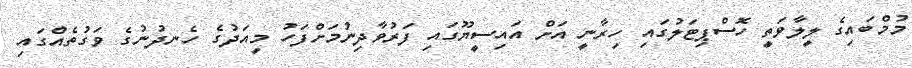
މުމްބައިގެ ލީލާވަތީ ހޮސްޕިޓަލުގައި ހިރާނީ އަށް އައިސީޔޫގައި ފަރުވާދިނުމަށްފަހު މިއަދުގެ ހެނދުނުގެ ވަގުތެއްގައި